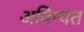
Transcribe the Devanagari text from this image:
अविन्यत